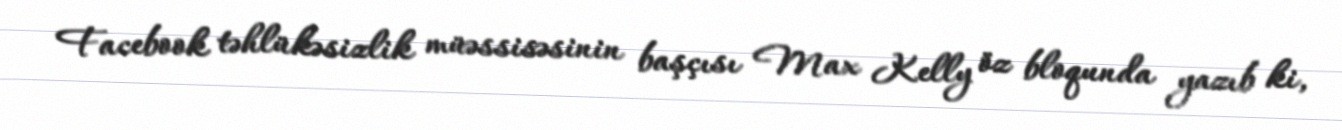
Facebook təhlükəsizlik müəssisəsinin başçısı Max Kelly öz bloqunda yazıb ki,